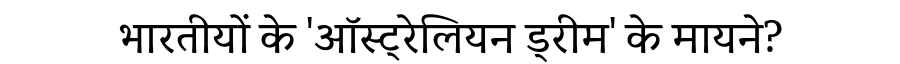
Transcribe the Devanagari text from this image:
भारतीयों के 'ऑस्ट्रेलियन ड्रीम' के मायने?